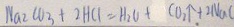
N a _ { 2 } C O _ { 3 } + 2 H C l = H _ { 2 } O + C O _ { 2 } \uparrow + 2 N a C